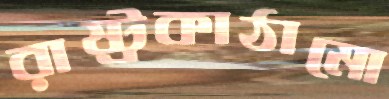
রাষ্ট্রকাঠামো